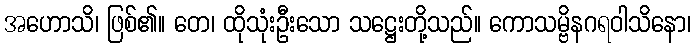
အဟောသိ၊ ဖြစ်၏။ တေ၊ ထိုသုံးဦးသော သဋ္ဌေးတို့သည်။ ကောသမ္ဗိနဂရဝါသိနော၊